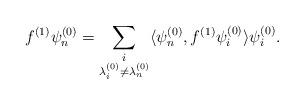
LaTeX: \begin{align*}f^{(1)} \psi_{n}^{(0)} = \sum_{\substack{i\\ \lambda^{(0)}_{i} \neq \lambda_{n}^{(0)} }} \langle \psi_{n}^{(0)}, f^{(1)} \psi_{i}^{(0)} \rangle \psi_{i}^{(0)} .\end{align*}